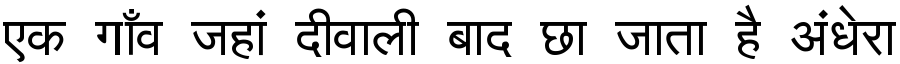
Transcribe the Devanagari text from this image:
एक गाँव जहां दीवाली बाद छा जाता है अंधेरा